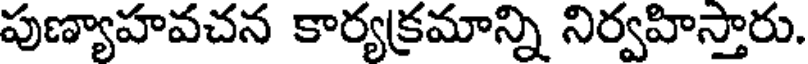
పుణ్యాహవచన కార్యక్రమాన్ని నిర్వహిస్తారు.